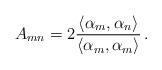
LaTeX: \begin{align*} A_{mn}=2\frac{\langle\alpha_m,\alpha_n\rangle}{\langle\alpha_m, \alpha_m \rangle}\, .\end{align*}